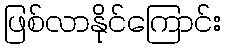
ဖြစ်လာနိုင်ကြောင်း